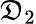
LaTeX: \mathfrak{D}_{2}